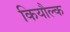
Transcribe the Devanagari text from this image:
कियौल्क